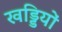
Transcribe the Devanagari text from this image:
खड्डियों